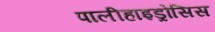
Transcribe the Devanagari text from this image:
पालीहाइड्रोसिस